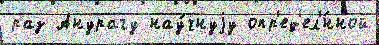
раз Анурагу нау́чнуjу опр'ед'ел'́нной